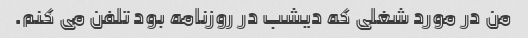
من در مورد شغلی که دیشب در روزنامه بود تلفن می کنم.